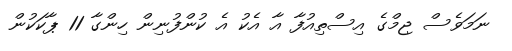
ނަމަވެސް ޖިމްގެ އިސްތިއުފާ އާ އެކު އެ ކުންފުނިން ހިންގާ 11 ޕާކަކުން